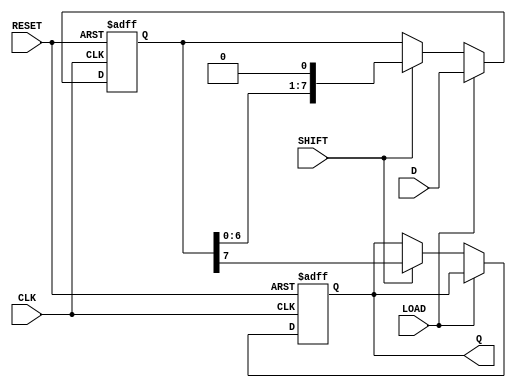
module PISO_Register #(
    parameter WIDTH = 8  // Define the width of the register
)(
    input wire [WIDTH-1:0] D,      // Parallel data input
    input wire LOAD,                // Load signal
    input wire SHIFT,               // Shift signal
    input wire CLK,                 // Clock signal
    input wire RESET,               // Reset signal
    output reg Q                   // Serial output
);

    reg [WIDTH-1:0] SR;             // Shift register

    always @(posedge CLK or posedge RESET) begin
        if (RESET) begin
            SR <= {WIDTH{1'b0}};     // Reset the shift register to zero
            Q <= 1'b0;               // Reset the output
        end else begin
            if (LOAD) begin
                SR <= D;             // Load parallel data into the shift register
            end else if (SHIFT) begin
                Q <= SR[WIDTH-1];    // Output the MSB to Q
                SR <= {SR[WIDTH-2:0], 1'b0}; // Shift right, inserting 0 at LSB
            end
        end
    end

endmodule